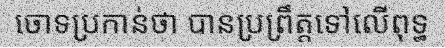
ចោទប្រកាន់ថា បានប្រព្រឹត្តទៅលើពុទ្ធ